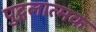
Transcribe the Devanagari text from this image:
पुद्गलात्मक